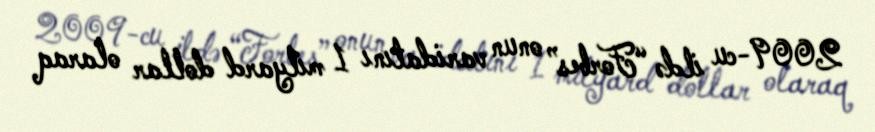
2009-cu ildə “Forbes” onun varidatını 1 milyard dollar olaraq